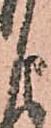
よ